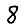
Digit: 8